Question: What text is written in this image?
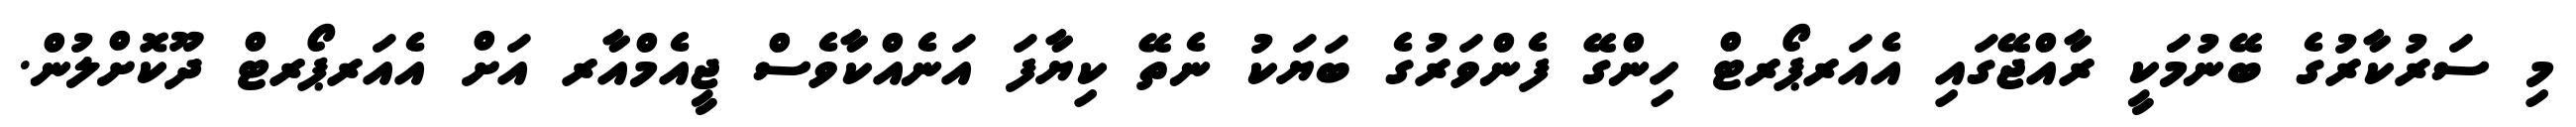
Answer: މި ސަރުކާރުގެ ބޭނުމަަކީ ރާއްޖޭގައި އެއަރޕޯރޓް ހިންގޭ ފެންވަރުގެ ބަޔަކު ނެތޭ ކިޔާފަ އަނެއްކާވެސް ޖީއެމްއާރ އަށް އެއަރޕޯރޓް ދޫކޮށްލުން.